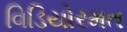
વિડિયોરમત